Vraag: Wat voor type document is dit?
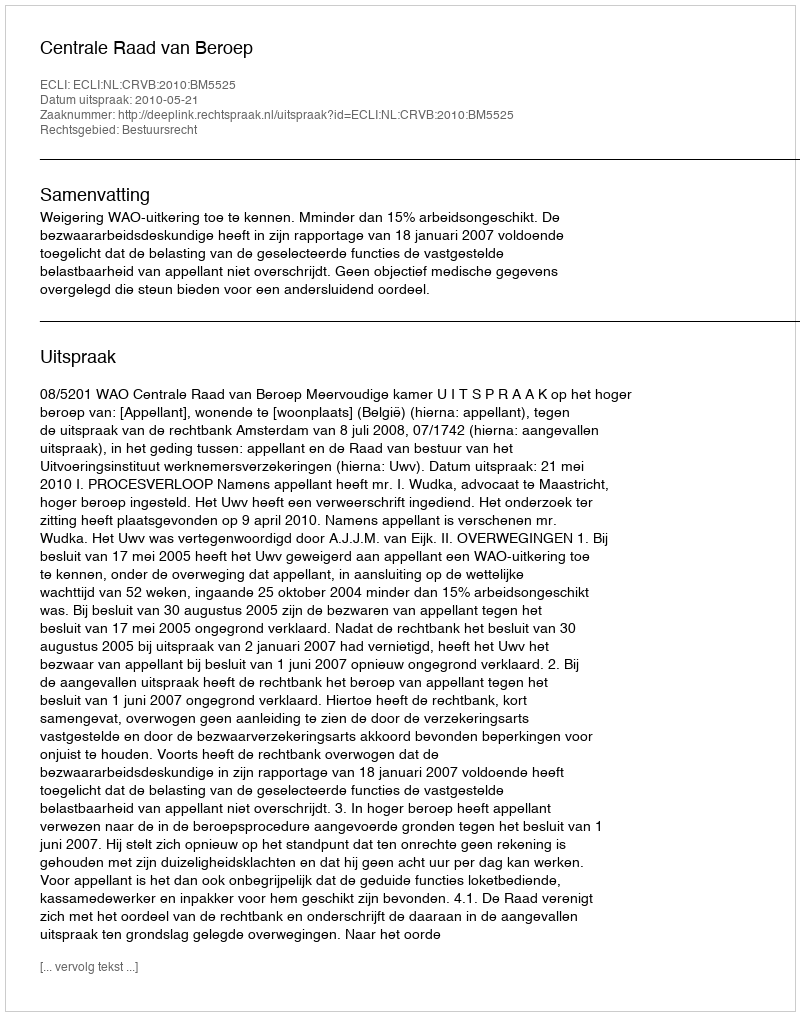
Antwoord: Uitspraak